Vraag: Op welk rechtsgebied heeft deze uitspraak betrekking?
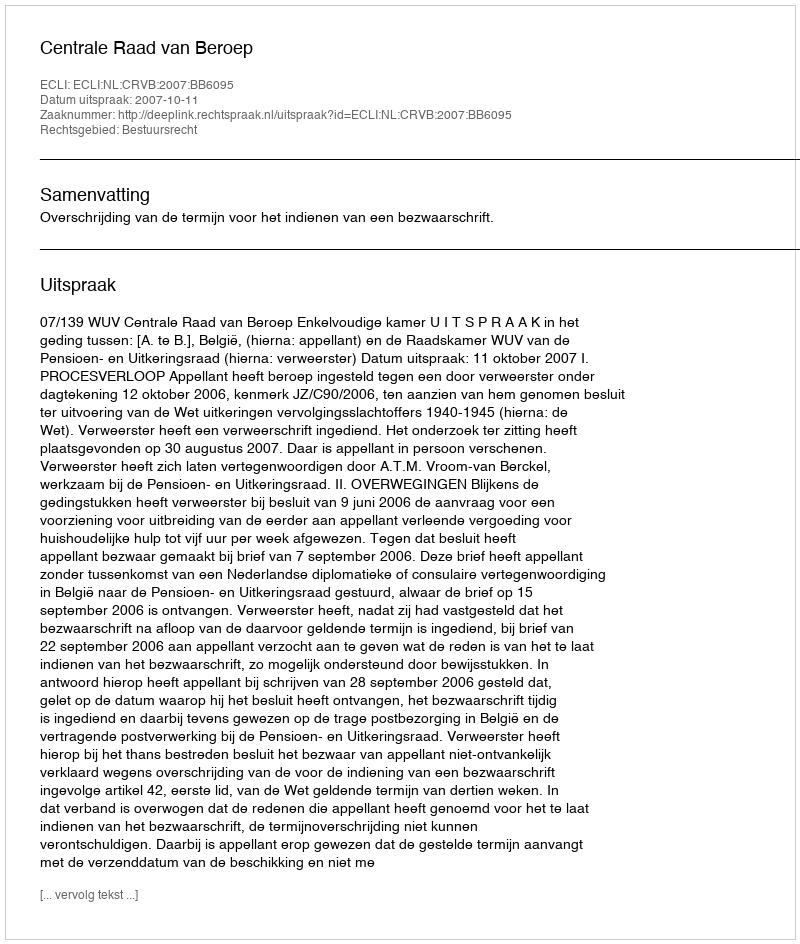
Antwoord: Bestuursrecht